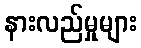
နားလည်မှုများ